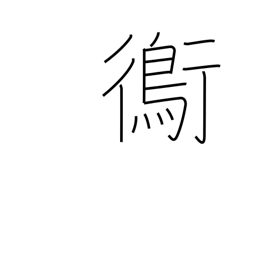
Meaning: plover